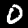
Label: 0